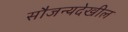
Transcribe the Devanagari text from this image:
सौजन्यदेखील